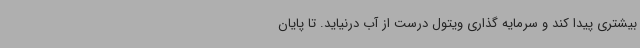
بیشتری پیدا کند و سرمایه گذاری ویتول درست از آب درنیاید. تا پایان